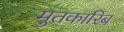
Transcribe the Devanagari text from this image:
मुतकारिब